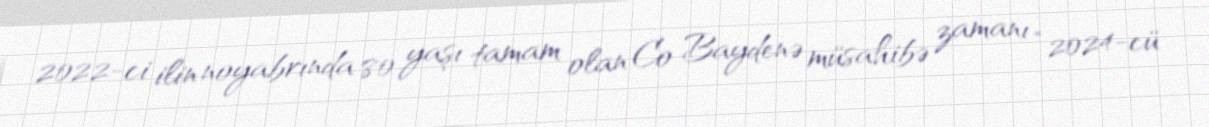
2022-ci ilin noyabrında 80 yaşı tamam olan Co Baydenə müsahibə zamanı “2024-cü